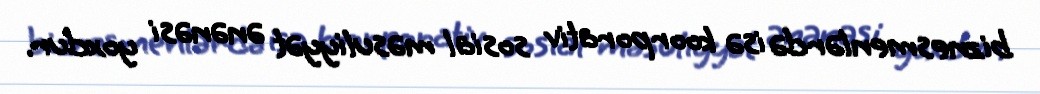
biznesmenlərdə isə koorporativ sosial məsuliyyət ənənəsi yoxdur.